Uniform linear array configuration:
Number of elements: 32
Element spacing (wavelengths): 0.75
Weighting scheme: hann
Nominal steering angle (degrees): -30
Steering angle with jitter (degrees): -31.369
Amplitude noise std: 0.05
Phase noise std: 0.05

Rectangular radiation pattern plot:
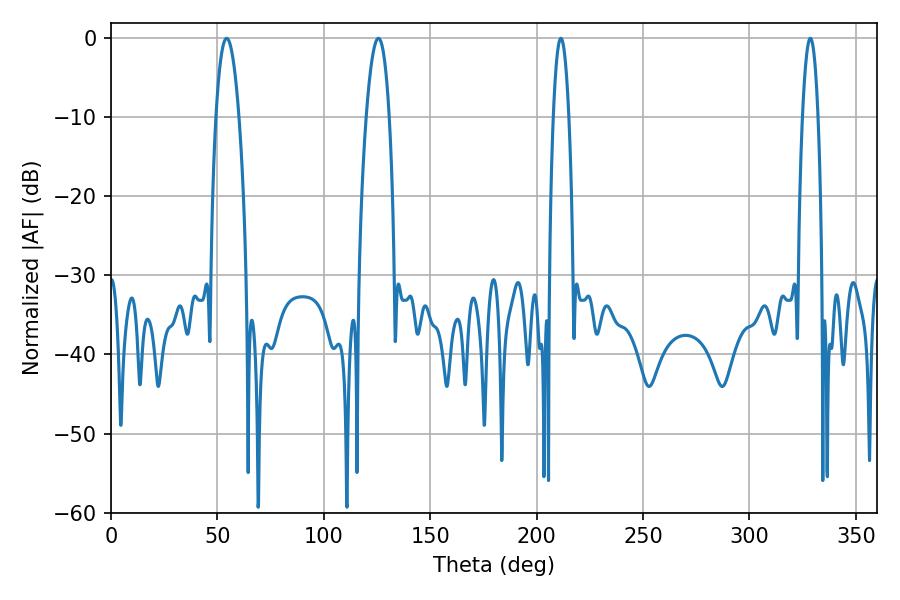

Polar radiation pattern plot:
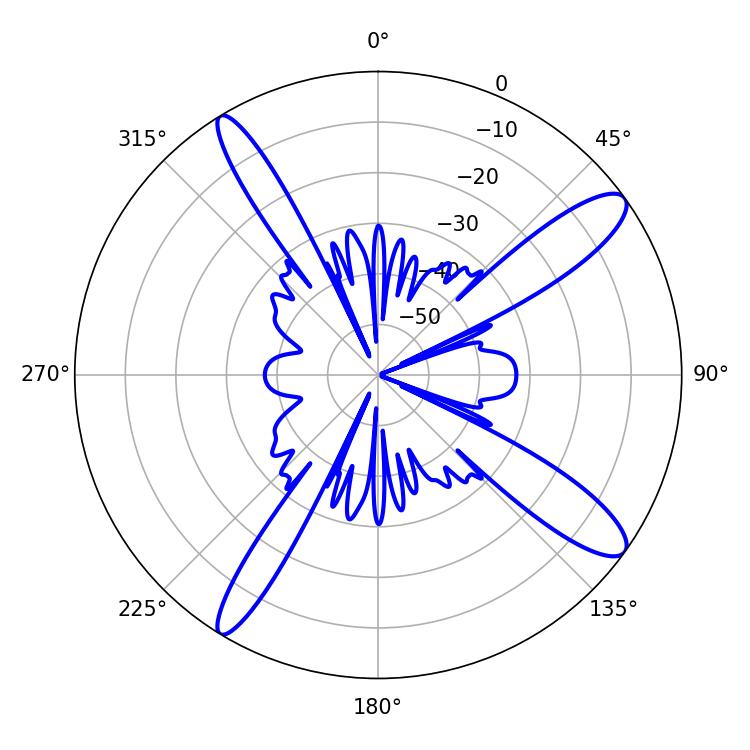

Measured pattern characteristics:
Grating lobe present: TRUE
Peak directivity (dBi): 12.86
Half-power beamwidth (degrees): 5.94
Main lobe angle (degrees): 54.36